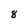
Character: 8